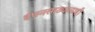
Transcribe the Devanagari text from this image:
इंधनसाठ्यालाही